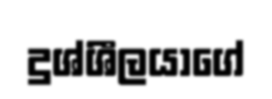
දුශ්ශීලයාගේ